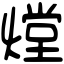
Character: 𤎌